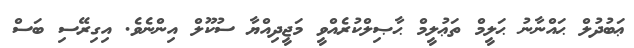
ޢަބުދުލް ޙައްނާނު ޙަލީމް ތަޢުލީމް ޙާޞިލްކުރެއްވީ މަޖީދިއްޔާ ސުކޫލް އިންނެވެ. އިގިރޭސި ބަސް